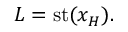
L = \mathrm { { s t } } ( x _ { H } ) .